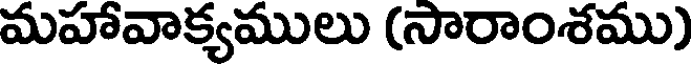
మహావాక్యములు (సారాంశము)